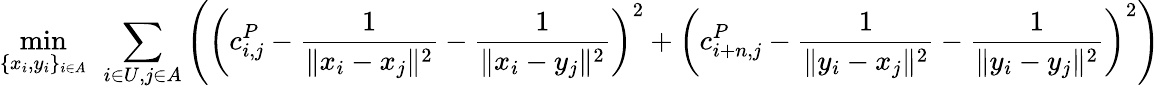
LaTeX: \operatorname*{min}_{\{ x_{i},y_{i}\} _{i\in A}}\: \: {\sum_{i\in U,j\in A}\left(\left(c_{i,j}^{P}-\frac{1}{\| x_{i}-x_{j}\| ^{2}}-\frac{1}{\| x_{i}-y_{j}\| ^{2}}\right)^{2}+\left(c_{i+n,j}^{P}-\frac{1}{\| y_{i}-x_{j}\| ^{2}}-\frac{1}{\| y_{i}-y_{j}\| ^{2}}\right)^{2}\right)}